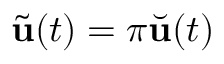
\tilde { \mathbf { u } } ( t ) = \pi \Breve { \mathbf { u } } ( t )